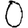
Digit: 0